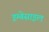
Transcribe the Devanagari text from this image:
इम्बेसाइल